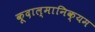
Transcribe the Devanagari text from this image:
कूदाल्मानिक्यम